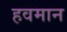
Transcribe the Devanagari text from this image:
हवमान